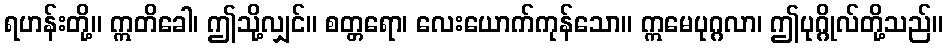
ရဟန်းတို့။ ဣတိခေါ၊ ဤသို့လျှင်။ စတ္တရော၊ လေးယောက်ကုန်သော။ ဣမေပုဂ္ဂလာ၊ ဤပုဂ္ဂိုလ်တို့သည်။